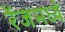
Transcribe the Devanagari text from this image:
रेंजमध्ये